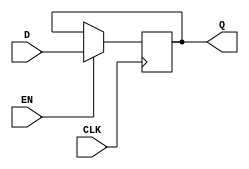
module StoreRegister (
    input wire D,      // Data Input
    input wire CLK,    // Clock Input
    input wire EN,     // Enable Signal
    output reg Q       // Data Output
);

// Initial state of the register
initial begin
    Q = 1'b0; // You can change this to any predefined value if needed
end

// Sequential logic block
always @(posedge CLK) begin
    if (EN) begin
        Q <= D; // Update the stored value with the input data
    end
    // If EN is low, Q retains its previous value
end

endmodule